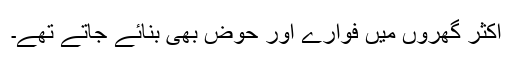
اکثر گھروں میں فوّارے اور حوض بھی بنائے جاتے تھے۔